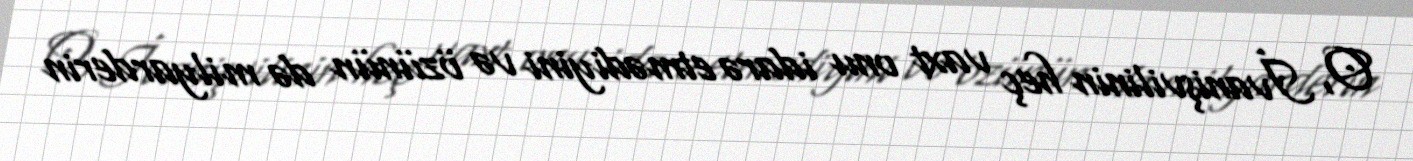
O, İvanişvilinin heç vaxt onu idarə etmədiyini və özünün də milyarderin